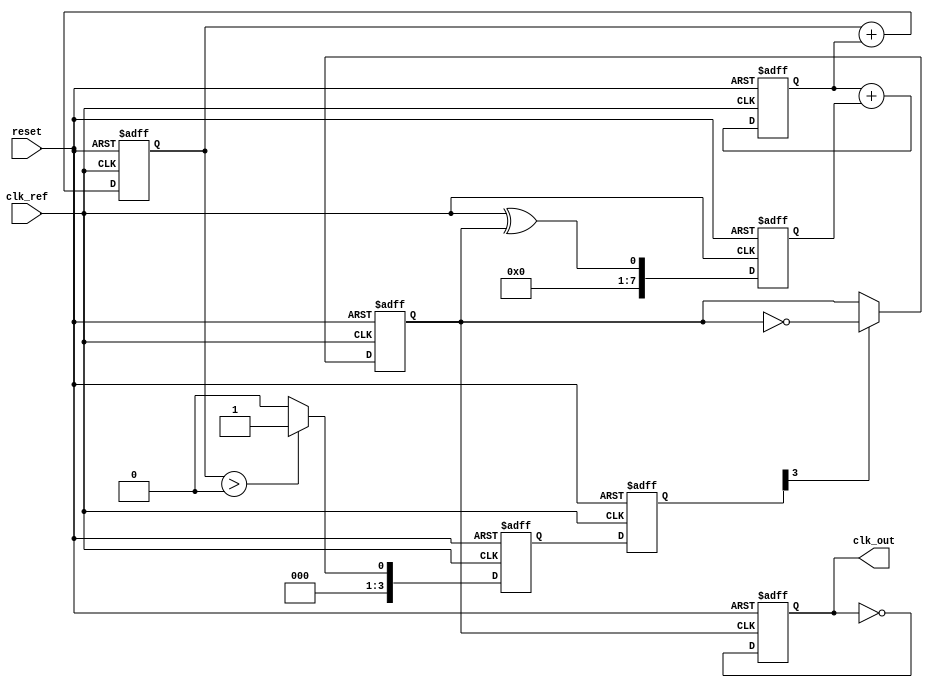
module sigma_delta_pll (
    input wire clk_ref,            // Reference clock input
    input wire reset,              // Reset signal
    output wire clk_out            // Output clock signal
);

// Parameters
parameter N = 8;                  // Bit width for control signal
parameter M = 4;                  // Oversampling factor for sigma-delta modulator

// Internal signals
reg [N-1:0] control_voltage;      // Control voltage from loop filter
reg [N-1:0] phase_error;          // Phase error signal
reg [N-1:0] loop_filter_out;      // Output of loop filter
reg vco_output;                   // VCO output signal
reg [M-1:0] sigma_delta_out;      // Output of sigma-delta modulator
reg [N-1:0] integrator;           // Integrator for sigma-delta modulator
reg [N-1:0] quantizer;            // Quantizer for sigma-delta modulator
reg clk_div;                      // Divided clock for feedback

// Phase Detector
always @(posedge clk_ref or posedge reset) begin
    if (reset) begin
        phase_error <= 0;
    end else begin
        // Simple phase detection logic (could be more complex)
        phase_error <= clk_ref ^ vco_output; // XOR for phase difference
    end
end

// Loop Filter (Simple First-Order Filter)
always @(posedge clk_ref or posedge reset) begin
    if (reset) begin
        loop_filter_out <= 0;
    end else begin
        loop_filter_out <= loop_filter_out + phase_error; // Integrate phase error
    end
end

// Sigma-Delta Modulator
always @(posedge clk_ref or posedge reset) begin
    if (reset) begin
        integrator <= 0;
        quantizer <= 0;
        sigma_delta_out <= 0;
    end else begin
        integrator <= integrator + loop_filter_out; // Integrate control voltage
        quantizer <= (integrator > 0) ? 1'b1 : 1'b0; // Simple quantization
        sigma_delta_out <= {sigma_delta_out[M-2:0], quantizer}; // Shift register for output
    end
end

// Voltage-Controlled Oscillator (VCO)
always @(posedge clk_ref or posedge reset) begin
    if (reset) begin
        vco_output <= 0;
    end else begin
        // Adjust VCO output based on sigma-delta output
        if (sigma_delta_out[M-1]) begin
            vco_output <= ~vco_output; // Toggle output for simplicity
        end
    end
end

// Clock Divider (if needed)
always @(posedge vco_output or posedge reset) begin
    if (reset) begin
        clk_div <= 0;
    end else begin
        clk_div <= ~clk_div; // Simple toggle for clock division
    end
end

// Output Clock Signal
assign clk_out = clk_div;

endmodule